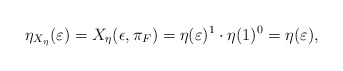
\begin{align*} \eta_{X_\eta}(\varepsilon) &=X_\eta(\epsilon,\pi_F)=\eta(\varepsilon)^{1}\cdot \eta(1)^0=\eta(\varepsilon), \end{align*}